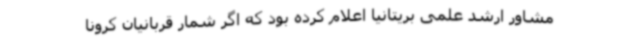
مشاور ارشد علمی بریتانیا اعلام کرده بود که اگر شمار قربانیان کرونا